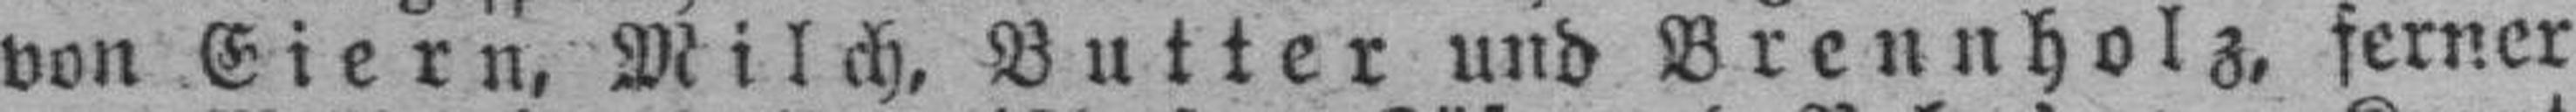
von Eiern, Milch, Butter und Brennholz, ferner